Civil Veterinary Department. Central Provinces & Berar 1925-31 - 1925-1931
Year: 1925
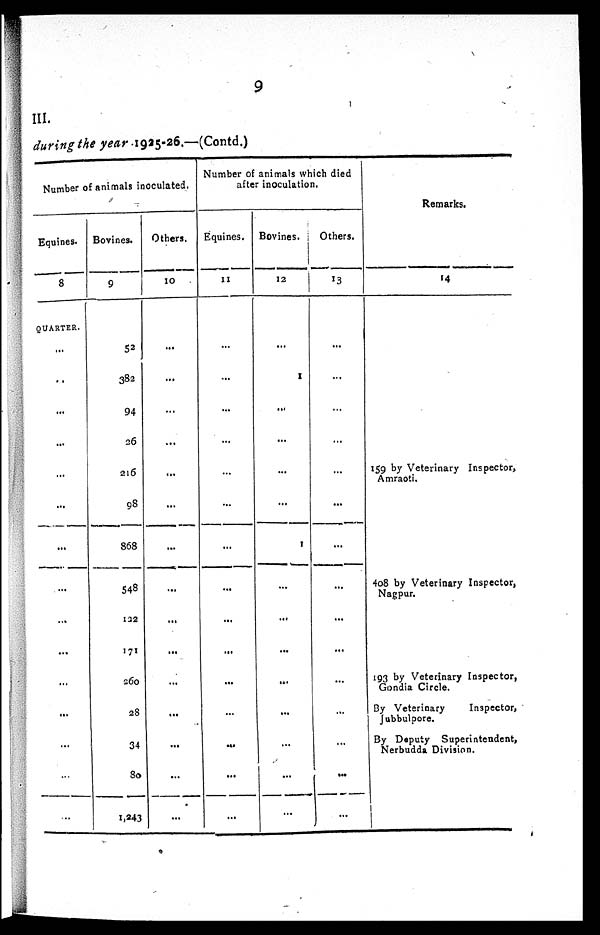
9
III.
during the year 1925-26.—(Contd.)
Number of animals inoculated.
Equines.
8
QUARTER.
...
..
...
...
...
...
...
...
...
...
...
...
...
...
...
Bovines.
9
52
382
94
26
216
98
868
548
122
171
260
28
34
80
1,243
Others.
10
...
...
...
...
...
...
...
...
...
...
...
...
...
...
...
Number of animals which died
after inoculation.
Equines.
11
...
...
...
...
...
...
...
...
...
...
...
...
...
...
...
Bovines.
12
...
1
...
...
...
...
1
...
...
...
...
...
...
...
...
Others.
13
...
...
...
...
...
...
...
...
...
...
...
...
...
...
...
Remarks.
14
159 by Veterinary Inspector,
Amraoti.
408 by Veterinary Inspector,
Nagpur.
193 by Veterinary Inspector,
Gondia Circle.
By Veterinary
Inspector,
Jubbulpore.
By Deputy Superintendent,
Nerbudda Division.